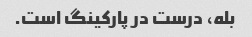
بله، درست در پارکینگ است.